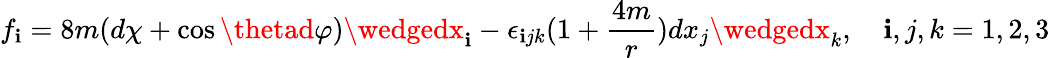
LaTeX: f_{\mathbf{i}}=8m(d\chi+\cos\thetad\varphi)\wedgedx_{\mathbf{i}}-\epsilon_{\mathbf{i}jk}(1+\frac{{4m}}{{r}})dx_{j}\wedgedx_{k},~~~~\mathbf{i},j,k=1,2,3